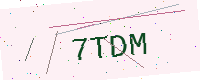
Text: 7TDM